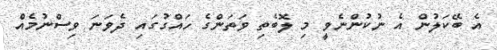
އެ ބޭކަލުން އެ ނުކުންނެވީ މި ލޮބެތި ވަތަންގެ ހައްގުގައި ދެވަނަ ވިސްނުމެއް